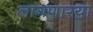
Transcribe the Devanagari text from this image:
लागणारया